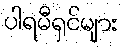
ပါရမီရှင်များ